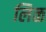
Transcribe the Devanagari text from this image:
लिळ